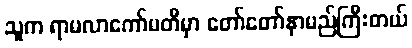
သူက ရာမလာကော်မတီမှာ တော်တော်နာမည်ကြီးတယ်